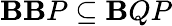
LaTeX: \mathbf{B}\mathbf{B}P\subseteq\mathbf{B}QP